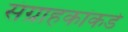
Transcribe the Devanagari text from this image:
संग्राहकांकडे